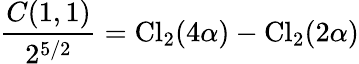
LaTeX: {\frac{C(1,1)}{2^{5/2}}}=\mathrm{Cl}_{2}(4\alpha)-\mathrm{Cl}_{2}(2\alpha)